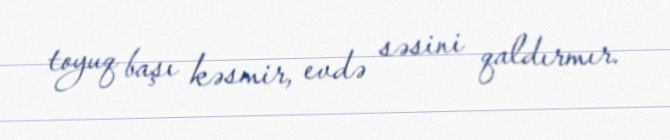
toyuq başı kəsmir, evdə səsini qaldırmır.